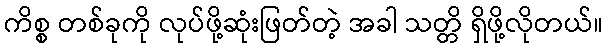
ကိစ္စ တစ်ခုကို လုပ်ဖို့ဆုံးဖြတ်တဲ့ အခါ သတ္တိ ရှိဖို့လိုတယ်။